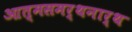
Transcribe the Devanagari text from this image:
आत्मसमर्थनार्थ